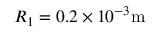
R _ { 1 } = 0 . 2 \times 1 0 ^ { - 3 } \mathrm { m }